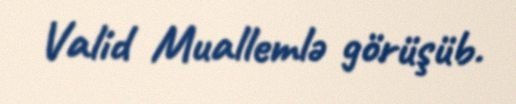
Valid Muallemlə görüşüb.